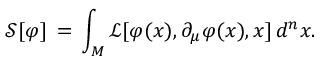
{ \mathcal { S } } [ \varphi ] \, = \, \int _ { M } { \mathcal { L } } [ \varphi ( x ) , \partial _ { \mu } \varphi ( x ) , x ] \, d ^ { n } x .